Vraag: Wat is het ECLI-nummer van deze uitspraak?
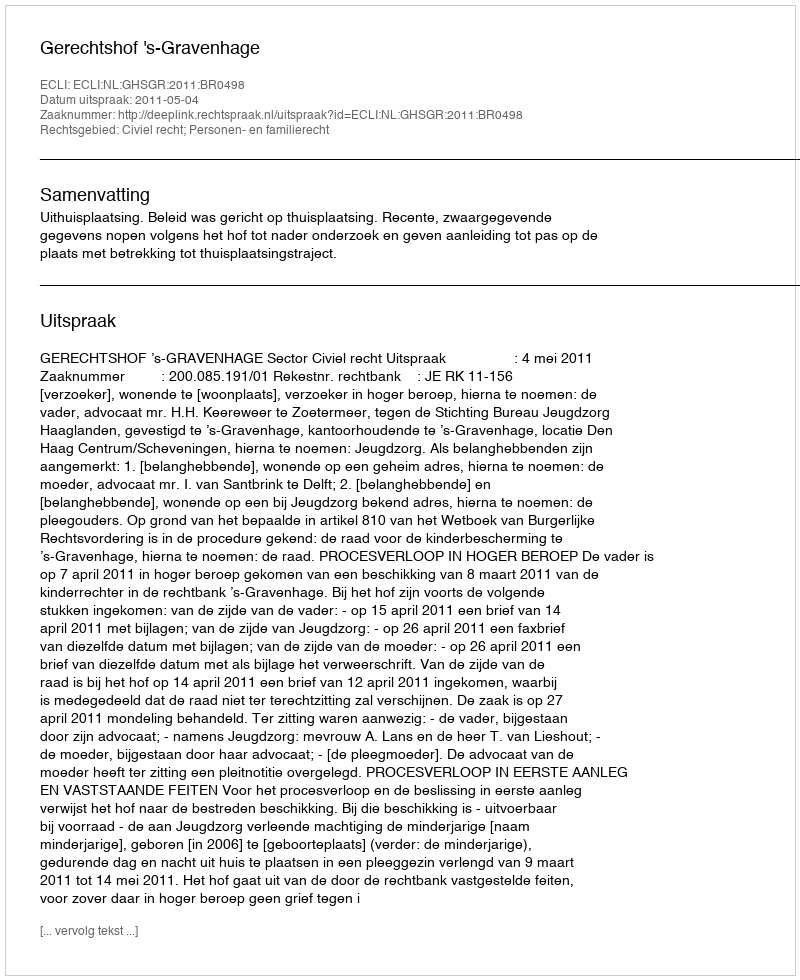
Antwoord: ECLI:NL:GHSGR:2011:BR0498